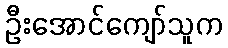
ဦးအောင်ကျော်သူက